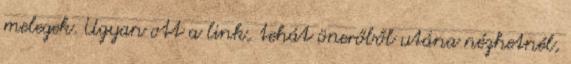
melegek. Ugyan ott a link, tehát önerőből utána nézhetnél,